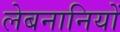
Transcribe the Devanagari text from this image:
लेबनानियों